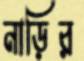
নাড়ির